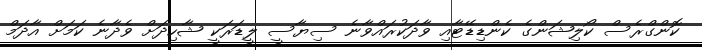
ކޮންގްރެސް ކޯލިޝަންގެ ކެންޑިޑޭޓާއި ވާދަކުރައްވާނެ ސިޔާސީ ލީޑަރަކީ ޝާހިދަށް ވެދާނެ ކަމަށް އާދަމް